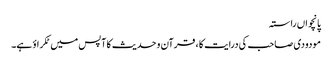
پانچواں راستہ
مودودی صاحب کی درایت کا ، قرآن و حدیث کا آپس میں ٹکراؤ ہے۔